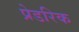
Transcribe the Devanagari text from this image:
प्रेडरिक